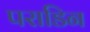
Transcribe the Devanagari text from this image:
पराडिन